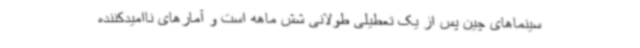
سینماهای چین پس از یک تعطیلی طولانی شش ماهه است و آمارهای ناامیدکننده